Annual report of the Imperial Bacteriological Laboratory, Muktesar
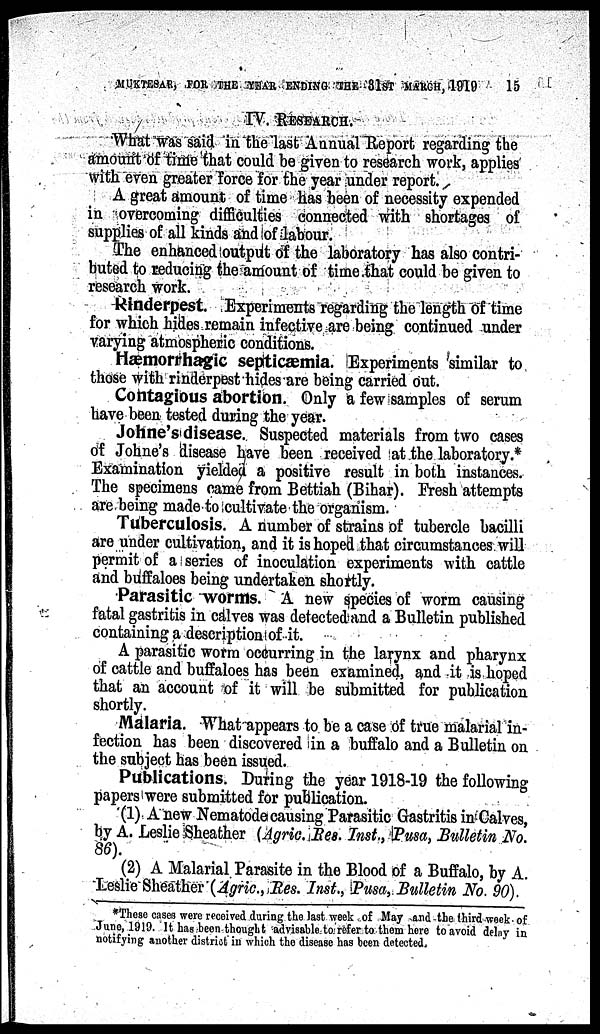
MUKTESAR, FOR THE YEAR ENDING THE 31ST MARCH, 1919
15
IV. RESEARCH.
What was said in the last Annual Report regarding the
amount of time that could be given to research work, applies
with even greater force for the year under report.
A great amount of time has been of necessity expended
in overcoming difficulties connected with shortages of
supplies of all kinds and of labour.
The enhanced output of the laboratory has also contri-
buted to reducing the amount of time that could be given to
research work.
Rinderpest. Experiments regarding the length of time
for which hides remain infective are being continued under
varying atmospheric conditions.
Hæmorrhagic septicæmia. Experiments similar to
those with rinderpest hides are being carried out.
Contagious abortion. Only a few samples of serum
have been tested during the year.
Johne's disease. Suspected materials from two cases
of Johne's disease have been received at the laboratory.*
Examination yielded a positive result in both instances.
The specimens came from Bettiah (Bihar). Fresh attempts
are being made to cultivate the organism.
Tuberculosis. A number of strains of tubercle bacilli
are under cultivation, and it is hoped that circumstances will
permit of a series of inoculation experiments with cattle
and buffaloes being undertaken shortly.
Parasitic worms. A new species of worm causing
fatal gastritis in calves was detected and a Bulletin published
containing a description of it.
A parasitic worm occurring in the larynx and pharynx
of cattle and buffaloes has been examined, and it is hoped
that an account of it will be submitted for publication
shortly.
Malaria. What appears to be a case of true malarial in-
fection has been discovered in a buffalo and a Bulletin on
the subject has been issued.
Publications. During the year 1918-19 the following
papers were submitted for publication.
(1) A new Nematode causing Parasitic Gastritis in Calves,
by A. Leslie Sheather (Agric. Res. Inst., Pusa, Bulletin No.
86).
(2) A Malarial Parasite in the Blood of a Buffalo, by A.
Leslie Sheather (Agric, Res. Inst., Pusa, Bulletin No. 90).
*These cases were received during the last week of May and the third week of
June, 1919. It has been thought advisable to refer to them here to avoid delay in
notifying another district in which the disease has been detected.